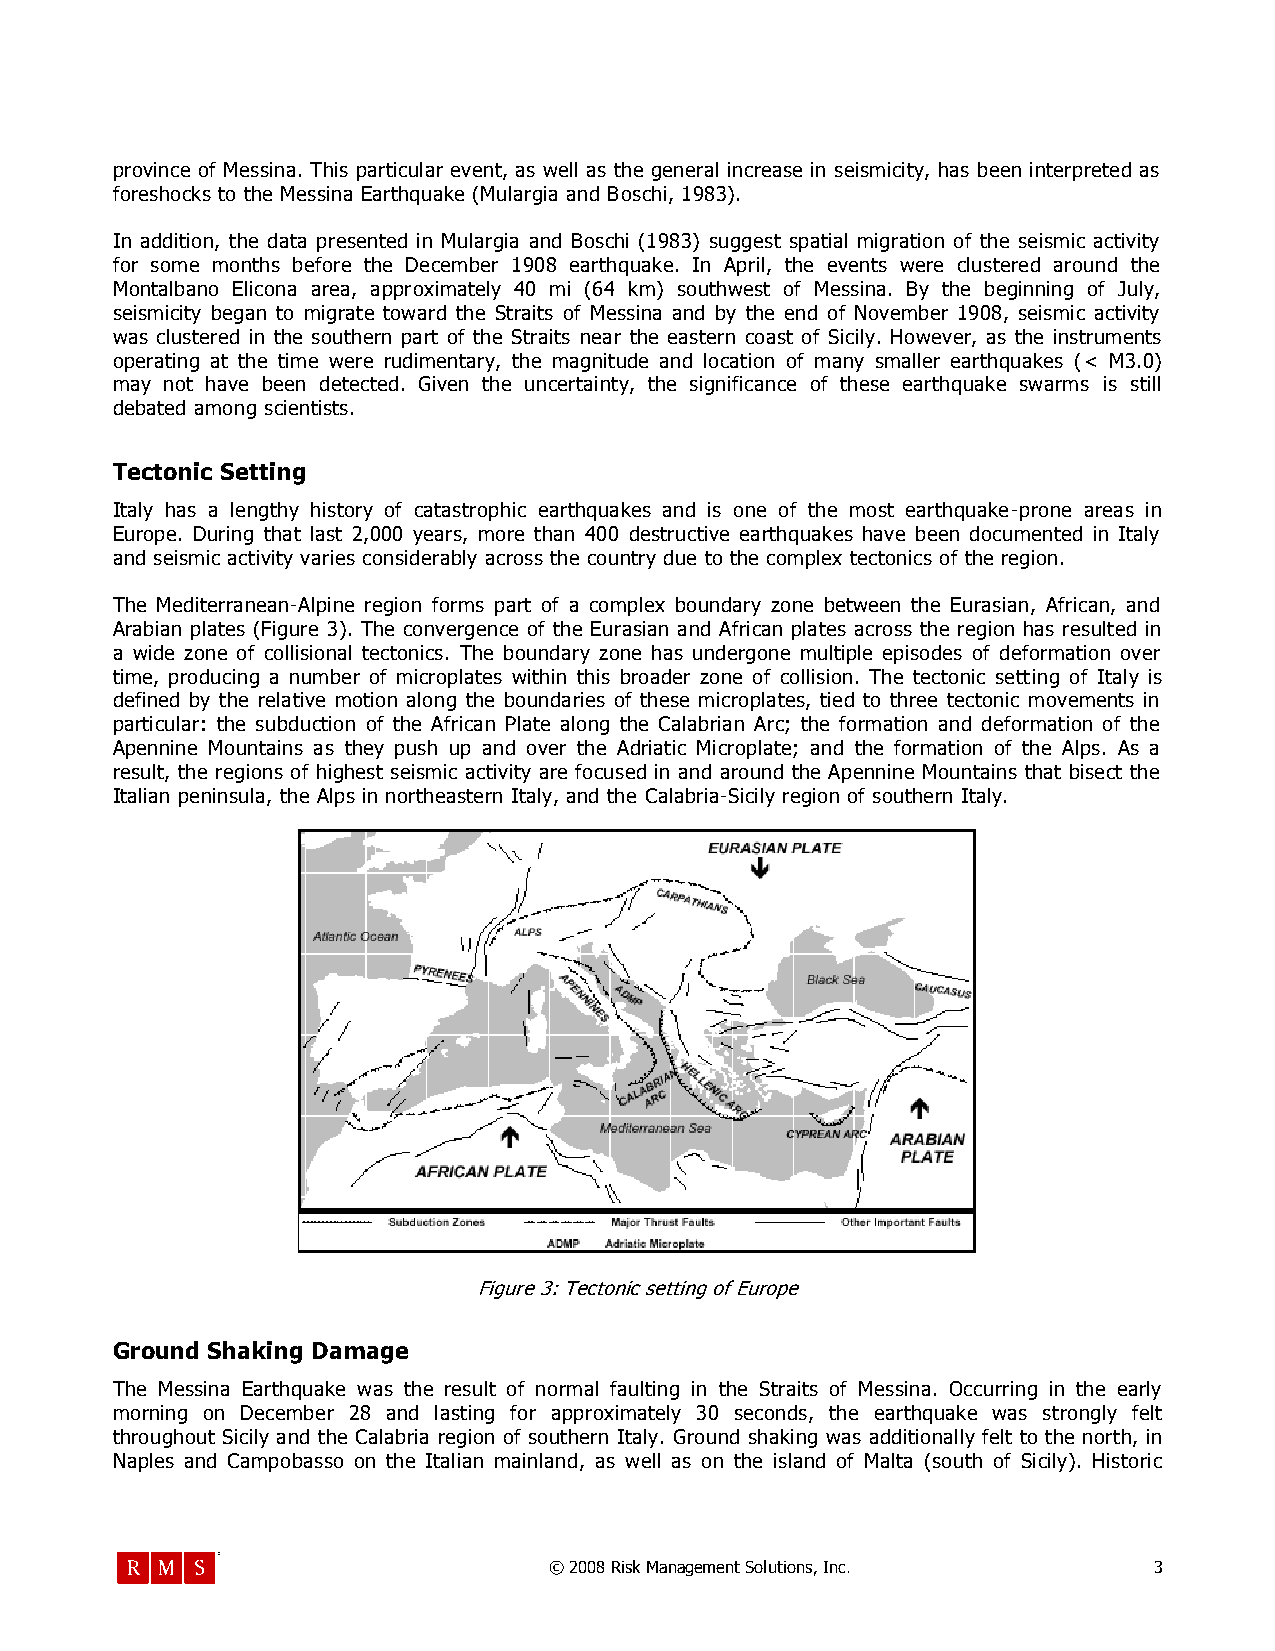
province of Messina. This particular event, as well as the general increase in seismicity, has been interpreted as
 foreshocks to the Messina Earthquake (Mulargia and Boschi, 1983).
 In addition, the data presented in Mulargia and Boschi (1983) suggest spatial migration of the seismic activity
 for some months before the December 1908 earthquake. In April, the events were clustered around the
 Montalbano Elicona area, approximately 40 mi (64 km) southwest of Messina. By the beginning of July,
 seismicity began to migrate toward the Straits of Messina and by the end of November 1908, seismic activity
 was clustered in the southern part of the Straits near the eastern coast of Sicily. However, as the instruments
 operating at the time were rudimentary, the magnitude and location of many smaller earthquakes (< M3.0)
 may not have been detected. Given the uncertainty, the significance of these earthquake swarms is still
 debated among scientists.
 Tectonic Setting
 Italy has a lengthy history of catastrophic earthquakes and is one of the most earthquake-prone areas in
 Europe. During that last 2,000 years, more than 400 destructive earthquakes have been documented in Italy
 and seismic activity varies considerably across the country due to the complex tectonics of the region.
 The Mediterranean-Alpine region forms part of a complex boundary zone between the Eurasian, African, and
 Arabian plates (Figure 3). The convergence of the Eurasian and African plates across the region has resulted in
 a wide zone of collisional tectonics. The boundary zone has undergone multiple episodes of deformation over
 time, producing a number of microplates within this broader zone of collision. The tectonic setting of Italy is
 defined by the relative motion along the boundaries of these microplates, tied to three tectonic movements in
 particular: the subduction of the African Plate along the Calabrian Arc; the formation and deformation of the
 Apennine Mountains as they push up and over the Adriatic Microplate; and the formation of the Alps. As a
 result, the regions of highest seismic activity are focused in and around the Apennine Mountains that bisect the
 Italian peninsula, the Alps in northeastern Italy, and the Calabria-Sicily region of southern Italy.
 Figure 3: Tectonic setting of Europe
 Ground Shaking Damage
 The Messina Earthquake was the result of normal faulting in the Straits of Messina. Occurring in the early
 morning on December 28 and lasting for approximately 30 seconds, the earthquake was strongly felt
 throughout Sicily and the Calabria region of southern Italy. Ground shaking was additionally felt to the north, in
 Naples and Campobasso on the Italian mainland, as well as on the island of Malta (south of Sicily). Historic
 © 2008 Risk Management Solutions, Inc.  3